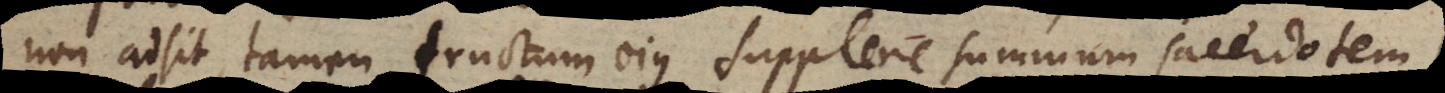
non adsit, tamen fructum ejus supplere summum sacerdotem